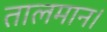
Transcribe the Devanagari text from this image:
तालमान।